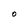
Character: O